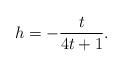
LaTeX: \begin{align*}h=-\frac{t}{4t+1}.\end{align*}